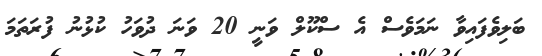
ބަލިވެފައިވާ ނަމަވެސް އެ ސްކޫލް ވަނީ 20 ވަނަ ދުވަހު ކުޅުނު ފުރަތަމަ